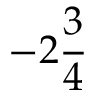
- 2 { \frac { 3 } { 4 } }